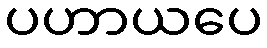
ပဟာယပေ